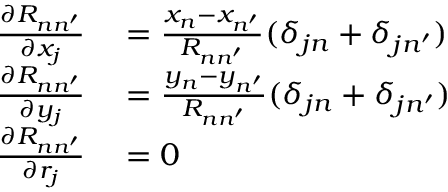
\begin{array} { r l } { \frac { \partial R _ { n n ^ { \prime } } } { \partial x _ { j } } } & { { } = \frac { x _ { n } - x _ { n ^ { \prime } } } { R _ { n n ^ { \prime } } } ( \delta _ { j n } + \delta _ { j n ^ { \prime } } ) } \\ { \frac { \partial R _ { n n ^ { \prime } } } { \partial y _ { j } } } & { { } = \frac { y _ { n } - y _ { n ^ { \prime } } } { R _ { n n ^ { \prime } } } ( \delta _ { j n } + \delta _ { j n ^ { \prime } } ) } \\ { \frac { \partial R _ { n n ^ { \prime } } } { \partial r _ { j } } } & { { } = 0 } \end{array}